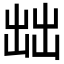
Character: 𰄔